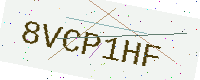
Text: 8VCP1HF